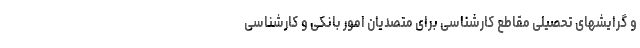
و گرایشهای تحصیلی مقاطع کارشناسی برای متصدیان امور بانکی و کارشناسی